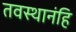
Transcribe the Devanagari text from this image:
तवस्थानंहि